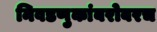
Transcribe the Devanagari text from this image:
निवडणुकांबरोबरच